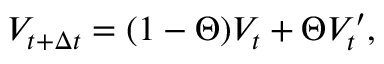
V _ { t + \Delta { t } } = ( 1 - \Theta ) V _ { t } + \Theta V _ { t } ^ { \prime } ,